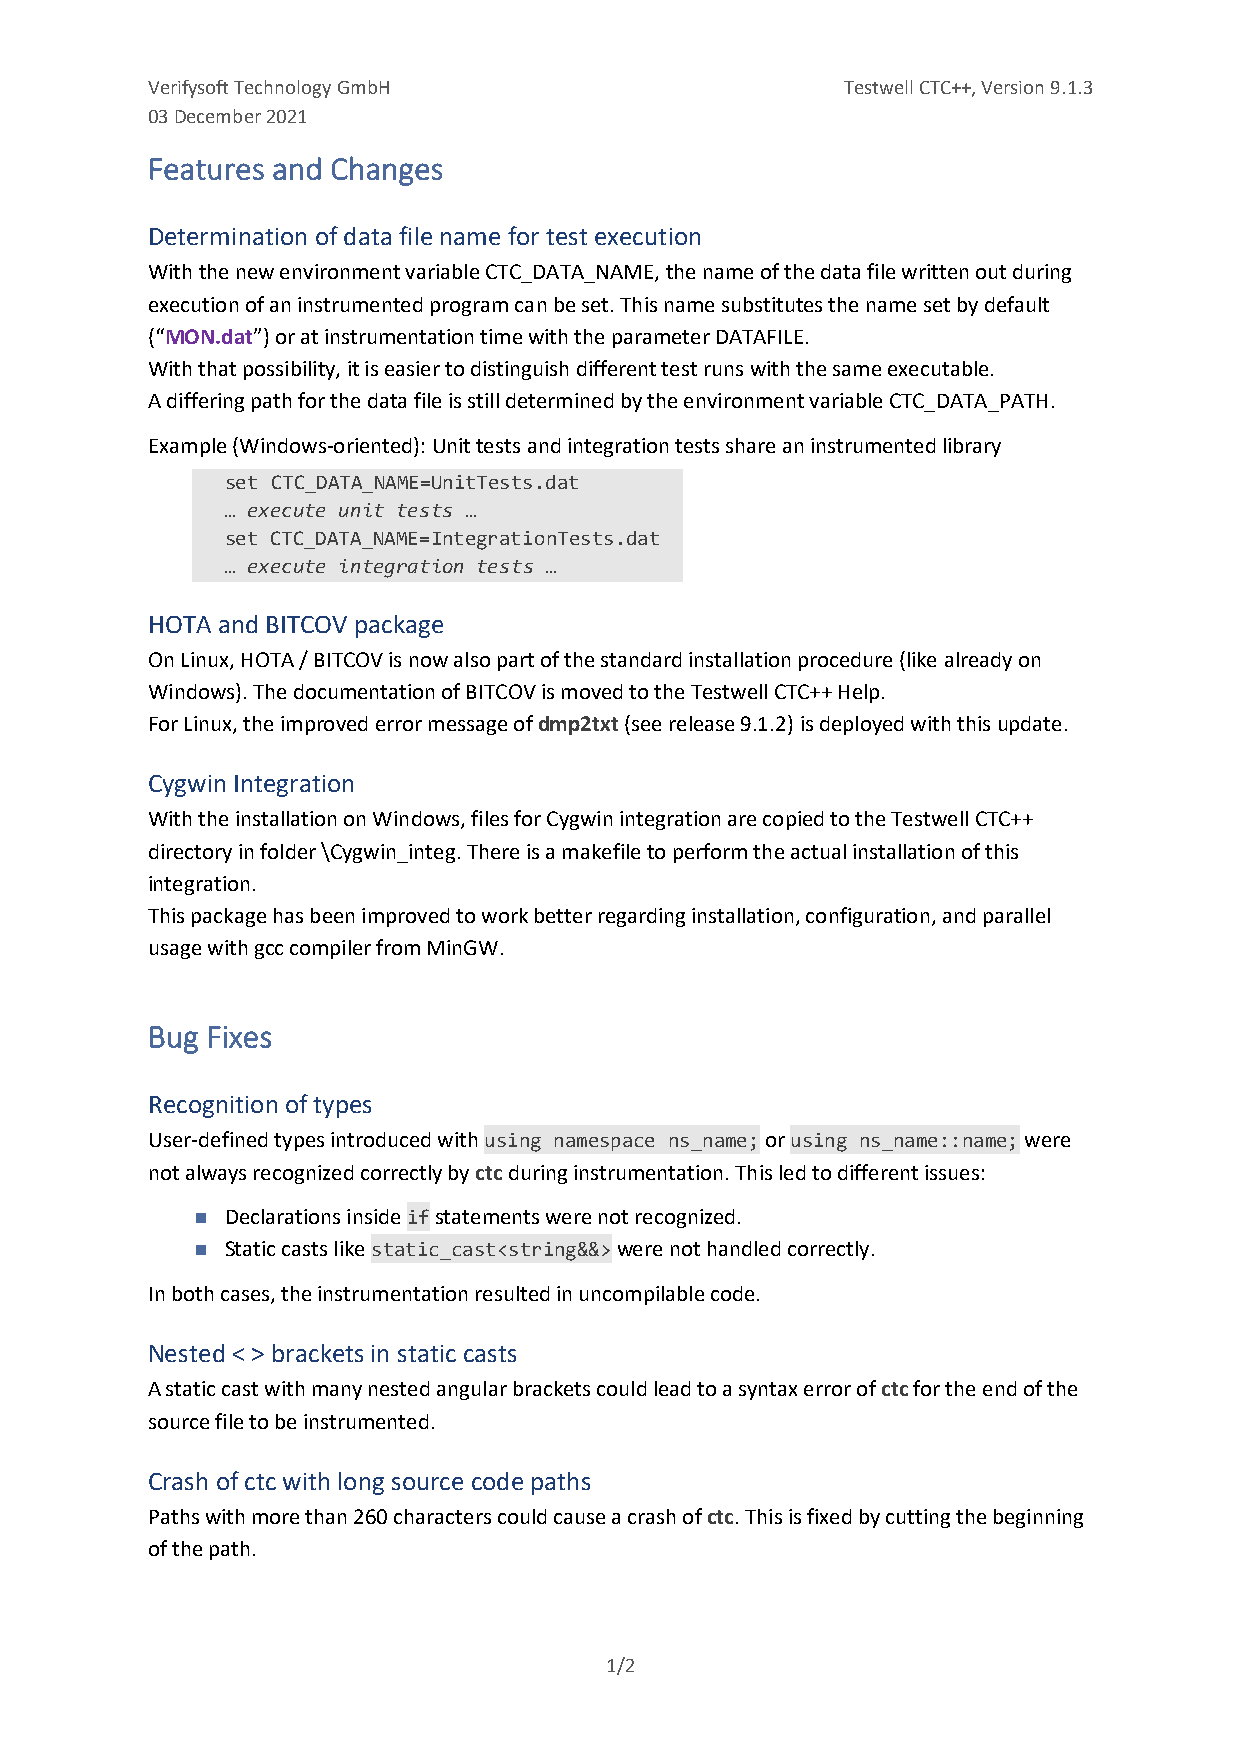
Verifysoft Technology GmbH                    Testwell CTC++, Version 9.1.3
 03 December 2021
 Features and Changes
 Determination of data file name for test execution
 With the new environment variable CTC_DATA_NAME, the name of the data file written out during
 execution of an instrumented program can be set. This name substitutes the name set by default
 (“MON.dat”) or at instrumentation time with the parameter DATAFILE.
 With that possibility, it is easier to distinguish different test runs with the same executable.
 A differing path for the data file is still determined by the environment variable CTC_DATA_PATH.
 Example (Windows-oriented): Unit tests and integration tests share an instrumented library
 set CTC_DATA_NAME=UnitTests.dat
 … execute unit tests …
 set CTC_DATA_NAME=IntegrationTests.dat
 … execute integration tests …
 HOTA and BITCOV package
 On Linux, HOTA / BITCOV is now also part of the standard installation procedure (like already on
 Windows). The documentation of BITCOV is moved to the Testwell CTC++ Help.
 For Linux, the improved error message of dmp2txt (see release 9.1.2) is deployed with this update.
 Cygwin Integration
 With the installation on Windows, files for Cygwin integration are copied to the Testwell CTC++
 directory in folder \Cygwin_integ. There is a makefile to perform the actual installation of this
 integration.
 This package has been improved to work better regarding installation, configuration, and parallel
 usage with gcc compiler from MinGW.
 Bug Fixes
 Recognition of types
 User-defined types introduced with using namespace ns_name; or using ns_name::name; were
 not always recognized correctly by ctc during instrumentation. This led to different issues:
 ◼ Declarations inside if statements were not recognized.
 ◼ Static casts like static_cast<string&&> were not handled correctly.
 In both cases, the instrumentation resulted in uncompilable code.
 Nested < > brackets in static casts
 A static cast with many nested angular brackets could lead to a syntax error of ctc for the end of the
 source file to be instrumented.
 Crash of ctc with long source code paths
 Paths with more than 260 characters could cause a crash of ctc. This is fixed by cutting the beginning
 of the path.
 1/2